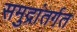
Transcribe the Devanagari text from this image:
समुद्रांतर्गत